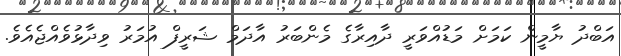
އަބްދު ޔާމީން ކަމަށް މަޑުއްވަރީ ދާއިރާގެ މެންބަރު އާދަމް ޝަރީފް އުމަރު ވިދާޅުވެއްޖެއެވެ.